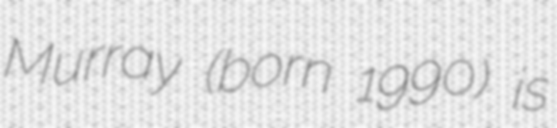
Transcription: Murray (born 1990) is